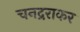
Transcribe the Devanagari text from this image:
चनद्रराकर